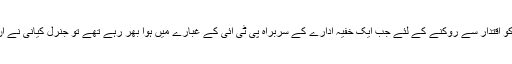
ہاں یہ غلطی انہوںنے ضرورکی کہ نوازشریف کو اقتدار سے روکنے کے لئے جب ایک خفیہ ادارے کے سربراہ پی ٹی آئی کے غبارے میں ہوا بھر رہے تھے تو جنرل کیانی نے ان کو اجازت دی یا پھر کم ازکم ان کو نہیں روکا۔